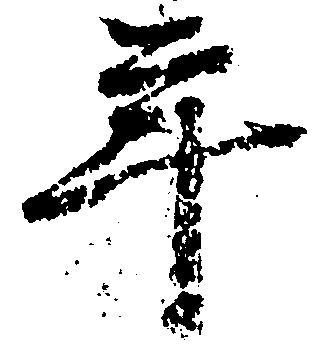
年